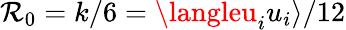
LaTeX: \mathcal{R}_{0}=k/6=\langleu_{i}u_{i}\rangle/12